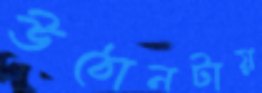
উঠোনটায়